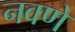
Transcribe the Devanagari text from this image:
नवणें